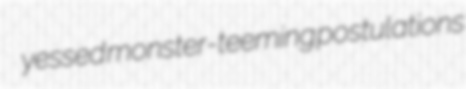
yessed monster-teeming postulations